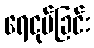
ရေငုပ်ခြင်း